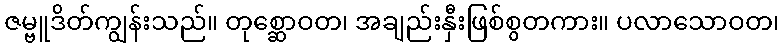
ဇမ္ဗူဒိတ်ကျွန်းသည်။ တုစ္ဆောဝတ၊ အချည်းနှီးဖြစ်စွတကား။ ပလာသောဝတ၊